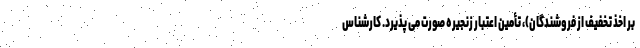
بر اخذ تخفیف از فروشندگان)، تأمین اعتبار زنجیره صورت می پذیرد. کارشناس